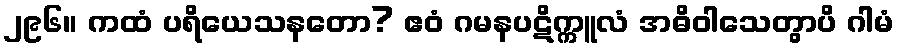
၂၉၆။ ကထံ ပရိယေသနတော? ဧဝံ ဂမနပဋိက္ကူလံ အဓိဝါသေတွာပိ ဂါမံ